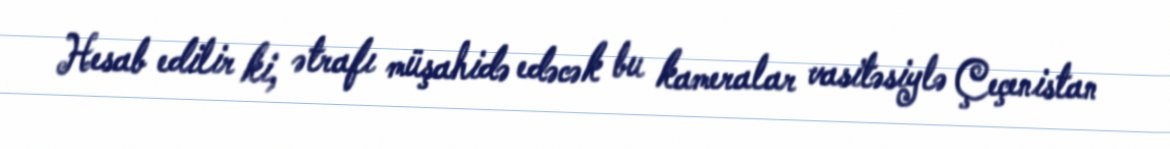
Hesab edilir ki, ətrafı müşahidə edəcək bu kameralar vasitəsiylə Çeçenistan